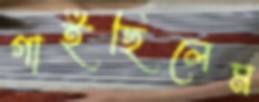
গাইছিলেম